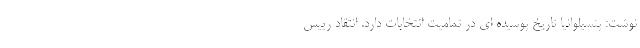
نوشت: پنسیلوانیا تاریخ پوسیده ای در تمامیت انتخابات دارد. انتقاد رییس